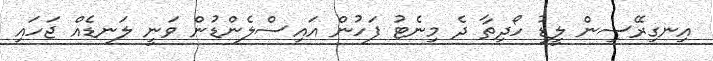
އިނގިރޭސިން ލީޑު ހޯދިތާ ދެ މިނެޓު ފަހުން އައިސްލެންޑުން ވަނީ ލަނޑެއް ޖަހައި